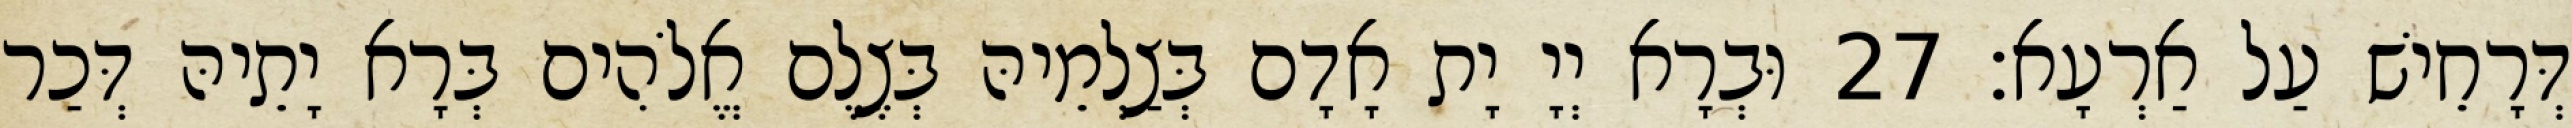
דְּרָחֵישׁ עַל אַרְעָא׃ 27 וּבְרָא יְיָ יָת אָדָם בְּצַלְמֵיהּ בְּצֶלֶם אֱלֹהִים בְּרָא יָתֵיהּ דְּכַר